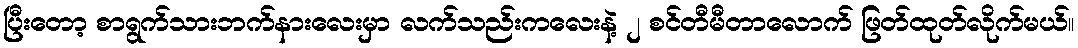
ပြီးတော့ စာရွက်သားဘက်နားလေးမှာ လက်သည်းကလေးနဲ့ ၂ စင်တီမီတာလောက် ဖြတ်ထုတ်လိုက်မယ်။